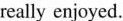
really enjoyed.